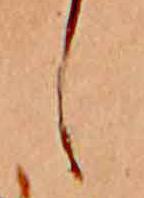
し